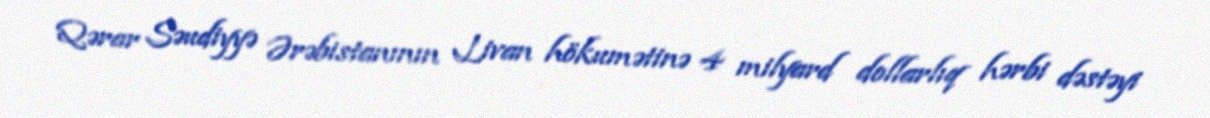
Qərar Səudiyyə Ərəbistanının Livan hökumətinə 4 milyard dollarlıq hərbi dəstəyi